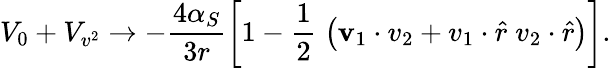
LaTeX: V_{0}+V_{v^{2}}\rightarrow-\frac{4\alpha_{S}}{3r}\left[1-\frac{1}{2}\; \left(\mathbf v_{\mathrm{1}}\cdot v_{\mathrm{2}}+v_{\mathrm{1}}\cdot\hat{r}\; v_{\mathrm{2}}\cdot\hat{r}\right)\right].